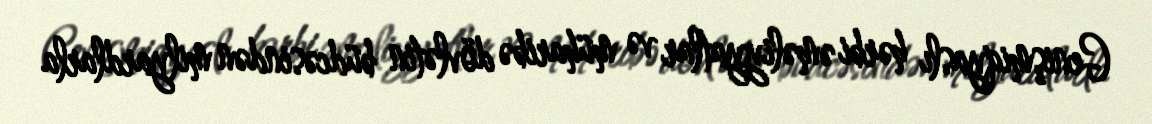
Genişmiqyaslı hərbi əməliyyatlar və müharibə dövlətin büdcəsindən milyardlarla